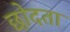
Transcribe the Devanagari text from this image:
छोदता